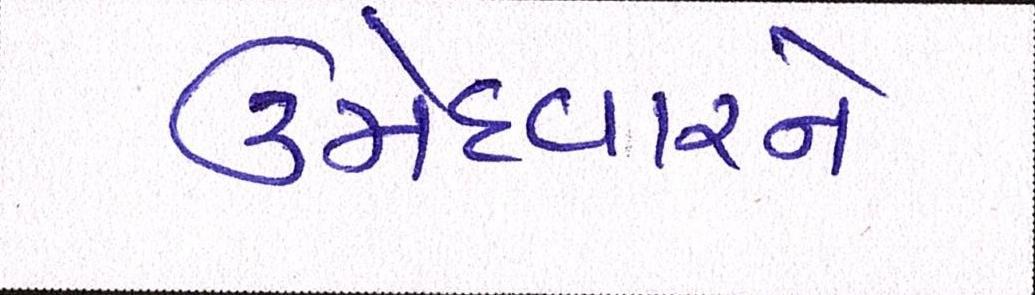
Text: ઉમેદવારને